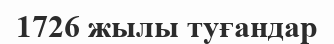
1726 жылы туғандар